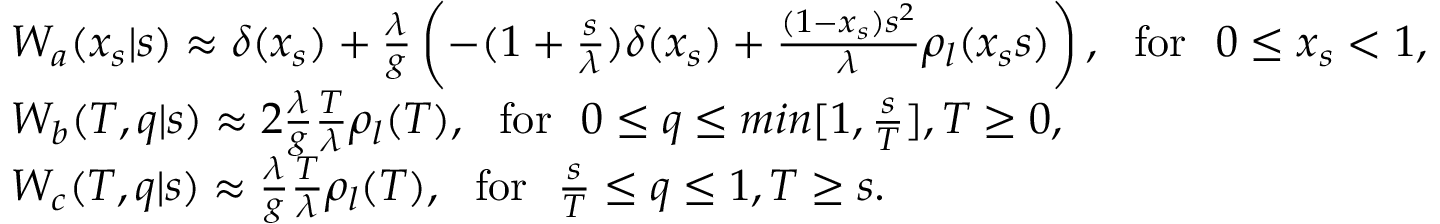
\begin{array} { r l r } & { { \cal W } _ { a } ( x _ { s } | s ) \approx \delta ( x _ { s } ) + \frac { \lambda } { g } \left( - ( 1 + \frac { s } { \lambda } ) \delta ( x _ { s } ) + \frac { ( 1 - x _ { s } ) s ^ { 2 } } { \lambda } \rho _ { l } ( x _ { s } s ) \right) , \ \ \mathrm { f o r } \ \ 0 \le x _ { s } < 1 , } & \\ & { { \cal W } _ { b } ( T , q | s ) \approx 2 \frac { \lambda } { g } \frac { T } { \lambda } \rho _ { l } ( T ) , \ \ \mathrm { f o r } \ \ 0 \le q \le m i n [ 1 , \frac { s } { T } ] , T \ge 0 , } & \\ & { { \cal W } _ { c } ( T , q | s ) \approx \frac { \lambda } { g } \frac { T } { \lambda } \rho _ { l } ( T ) , \ \ \mathrm { f o r } \ \ \frac { s } { T } \le q \le 1 , T \ge s . } & \end{array}